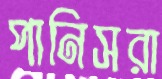
পানিসরা